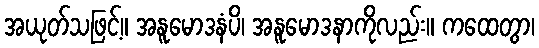
အယုတ်သဖြင့်။ အနူမောဒနံပိ၊ အနူမောဒနာကိုလည်း။ ကထေတွာ၊